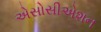
એસોસીએશન